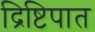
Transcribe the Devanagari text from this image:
द्रिष्टिपात